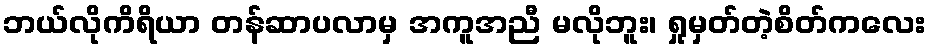
ဘယ်လိုကိရိယာ တန်ဆာပလာမှ အကူအညီ မလိုဘူး၊ ရှုမှတ်တဲ့စိတ်ကလေး